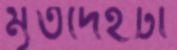
মৃতদেহটা